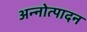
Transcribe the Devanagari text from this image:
अन्नोत्पादन